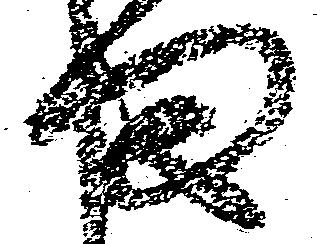
ま